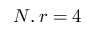
N , r = 4